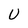
Character: U